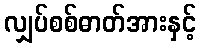
လျှပ်စစ်ဓာတ်အားနှင့်